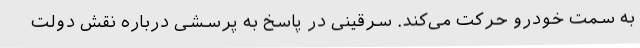
به سمت خودرو حرکت می‌کند. سرقینی در پاسخ به پرسشی درباره نقش دولت